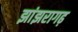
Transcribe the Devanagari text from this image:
झांझरागढ़